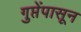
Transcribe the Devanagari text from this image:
गुप्तेंपासून